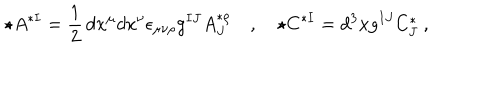
LaTeX: \star A ^ { * I } = \frac 1 2 \, d x ^ { \mu } d x ^ { \nu } \epsilon _ { \mu \nu \rho } g ^ { I J } A _ { J } ^ { * \rho } \quad , \quad \star C ^ { * I } = d ^ { 3 } x g ^ { I J } C _ { J } ^ { * } \ ,